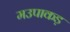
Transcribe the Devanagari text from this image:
मउपाकड़